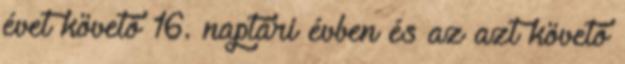
évet követő 16. naptári évben és az azt követő